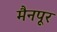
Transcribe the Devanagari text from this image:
मैनपूर